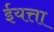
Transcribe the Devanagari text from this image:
ईयत्ता